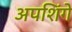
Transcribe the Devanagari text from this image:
अपशिंगे